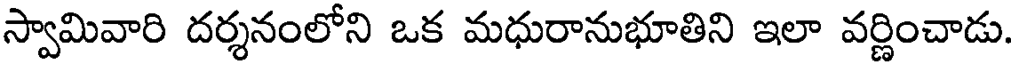
స్వామివారి దర్శనంలోని ఒక మధురానుభూతిని ఇలా వర్ణించాడు.